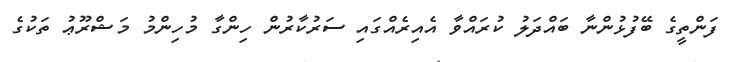
ފަންތީގެ ބޭފުޅުންނާ ބައްދަލު ކުރައްވާ އެއިރެއްގައި ސަރުކާރުން ހިންގާ މުހިންމު މަޝްރޫޢު ތަކުގެ